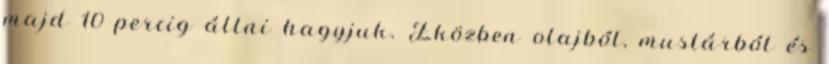
majd 10 percig állni hagyjuk. Eközben olajból, mustárból és